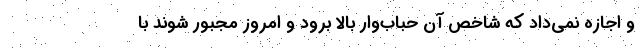
و اجازه نمی‌داد که شاخص آن حباب‌وار بالا برود و امروز مجبور شوند با